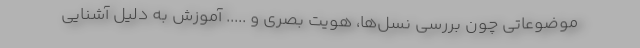
موضوعاتی چون بررسی نسل‌ها،ُ هویت بصری و ..... آموزش به دلیل آشنایی